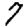
Digit: 7